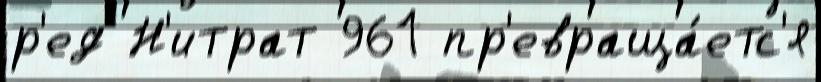
р'ед Н'итрат 961 пр'евраща́етс'я